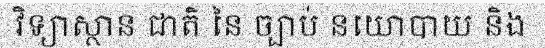
វិទ្យាស្ថាន ជាតិ នៃ ច្បាប់ នយោបាយ និង